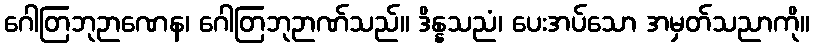
ဂေါတြဘုဉာဏေန၊ ဂေါတြဘုဉာဏ်သည်။ ဒိန္နသညံ၊ ပေးအပ်သော အမှတ်သညာကို။